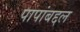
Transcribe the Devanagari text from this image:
पापांबद्दल